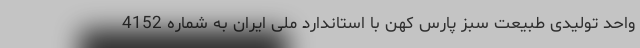
واحد تولیدی طبیعت سبز پارس کهن با استاندارد ملی ایران به شماره 4152